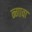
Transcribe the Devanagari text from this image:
न्गावा